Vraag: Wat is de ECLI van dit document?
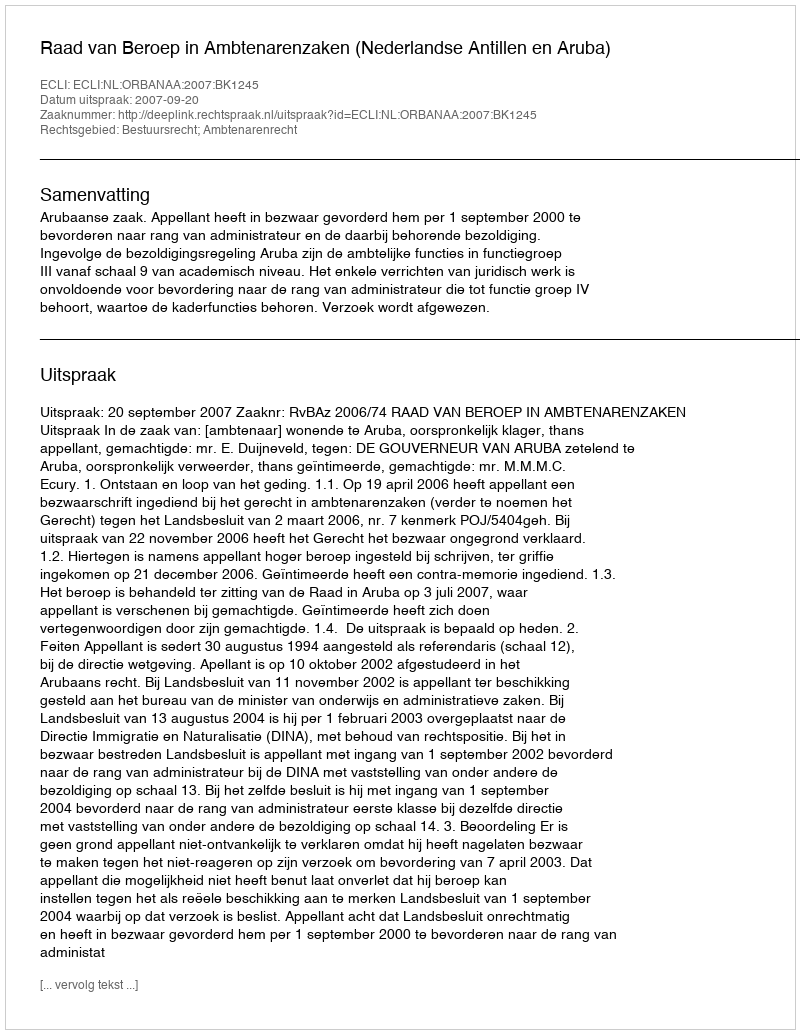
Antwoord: ECLI:NL:ORBANAA:2007:BK1245